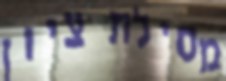
מסילת ציון